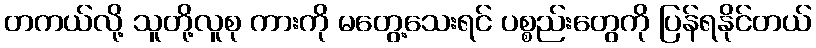
တကယ်လို့ သူတို့လူစု ကားကို မတွေ့သေးရင် ပစ္စည်းတွေကို ပြန်ရနိုင်တယ်